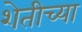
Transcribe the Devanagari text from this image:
शेतीच्‍या